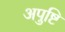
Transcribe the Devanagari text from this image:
अपुष्टि